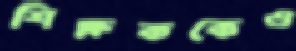
শিক্ষককেও